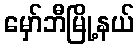
မှော်ဘီမြို့နယ်